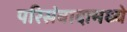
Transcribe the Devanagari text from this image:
परिसंवादामध्ये